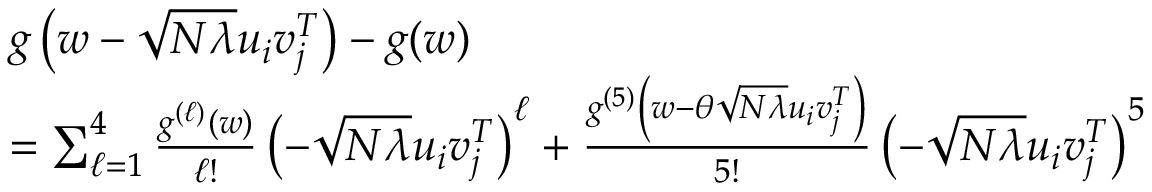
\begin{array} { r l } & { g \left( w - \sqrt { N \lambda } { \boldsymbol u } _ { i } { \boldsymbol v } _ { j } ^ { T } \right) - g ( w ) } \\ & { = \sum _ { \ell = 1 } ^ { 4 } \frac { g ^ { ( \ell ) } ( w ) } { \ell ! } \left( - \sqrt { N \lambda } { \boldsymbol u } _ { i } { \boldsymbol v } _ { j } ^ { T } \right) ^ { \ell } + \frac { g ^ { ( 5 ) } \left( w - \theta \sqrt { N \lambda } { \boldsymbol u } _ { i } { \boldsymbol v } _ { j } ^ { T } \right) } { 5 ! } \left( - \sqrt { N \lambda } { \boldsymbol u } _ { i } { \boldsymbol v } _ { j } ^ { T } \right) ^ { 5 } } \end{array}